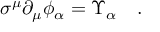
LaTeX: \sigma ^ { \mu } \partial _ { \mu } \phi _ { \alpha } = \Upsilon _ { \alpha } \quad .